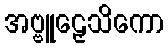
အဗ္ဗူဠှေသိကော